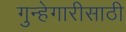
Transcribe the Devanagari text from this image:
गुन्हेगारीसाठी